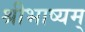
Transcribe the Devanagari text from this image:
श्रीभाष्यम्